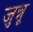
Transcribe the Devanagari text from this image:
जुन्नू